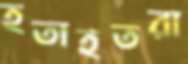
হতাহতরা